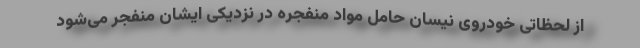
از لحظاتی خودروی نیسان حامل مواد منفجره در نزدیکی ایشان منفجر می‌شود